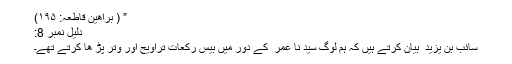
” ( براھین قاطعہ: ۱۹۵)
دلیل نمبر 8:
سائب بن یزید ؓ بیان کرتے ہیں کہ ہم لوگ سید نا عمر ؓ کے دور میں بیس رکعات تراویح اور وتر پڑ ھا کرتے تھے۔